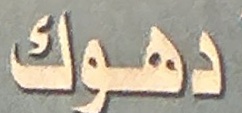
دهوك